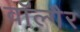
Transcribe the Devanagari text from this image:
वॉल्गैर